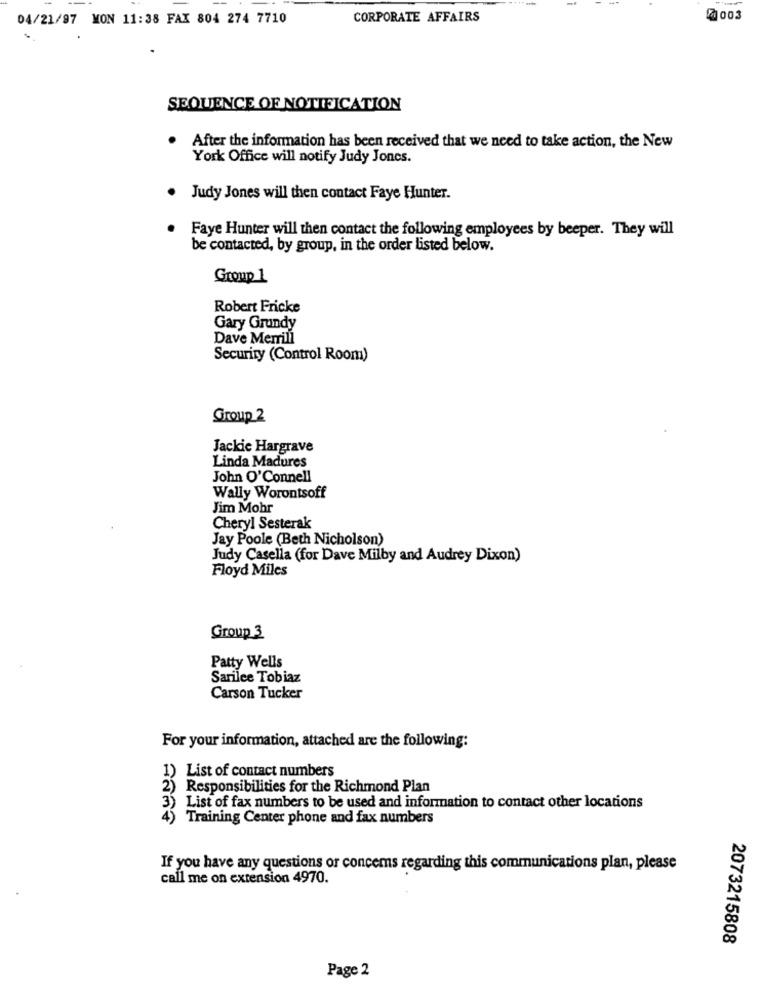
04/21/97 MON 11:38 FAX 804 274 7710
CORPORATE AFFAIRS
2003
SEQUENCE OF NOTIFICATION
After the information has been received that we need to take action, the New
York Office will notify Judy Jones.
Judy Jones will then contact Faye Hunter.
Faye Hunter will then contact the following employees by beeper. They will
be contacted, by group, in the order listed below.
Group 1
Robert Fricke
Gary Grundy
Dave Memill
Security (Control Room)
Group 2
Jackie Hargrave
Linda Madures
John O'Connell
Wally Worontsoff
Jim Mohr
Cheryl Sesterak
Jay Poole (Beth Nicholson)
Judy Casella (for Dave Milby and Audrey Dixon)
Floyd Miles
Group 3
Patty Wells
Sarilce Tobiaz
Carson Tucker
For your information, attached are the following:
1) List of contact numbers
2) Responsibilities for the Richmond Plan
3) List of fax numbers to be used and information to contact other locations
4) Training Center phone and fax numbers
If you have any questions or concems regarding this communications plan, please
call me on extension 4970.
2073215808
Page 2